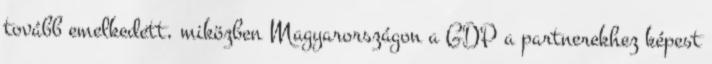
tovább emelkedett, miközben Magyarországon a GDP a partnerekhez képest